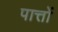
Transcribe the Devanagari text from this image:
पात्तों